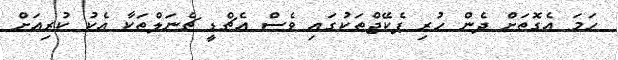
ހަމަ އެގޮތަށް ދެން ހުރި ޕެކޭޖްތަކުގައި ވެސް އެޗްޑީ ޗެނަލްތަކާ އެކު ކުރިއަށް